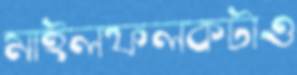
মাইলফলকটাও